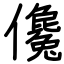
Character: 儳